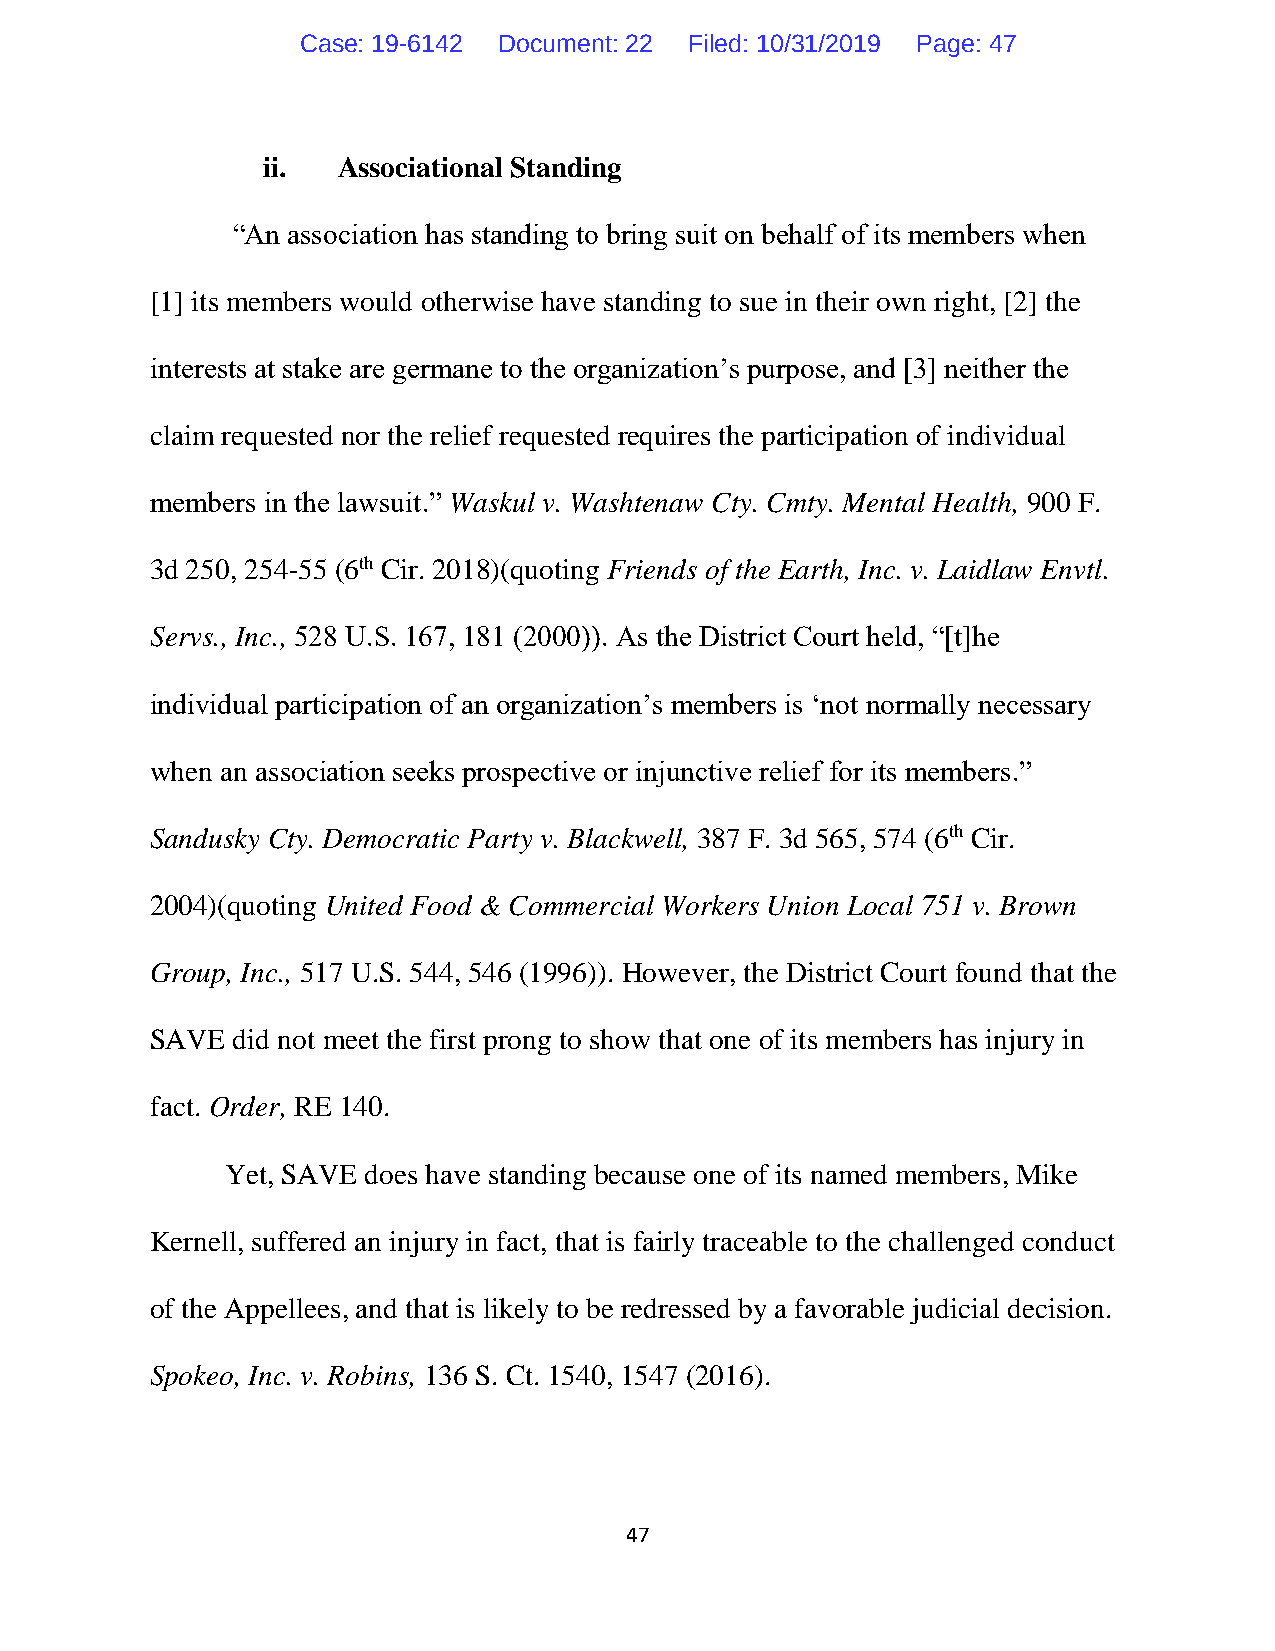
Case: 19-6142 Document: 22 Filed: 10/31/2019 Page: 47
 ii.  Associational Standing
 “An association has standing to bring suit on behalf of its members when
 [1] its members would otherwise have standing to sue in their own right, [2] the
 interests at stake are germane to the organization’s purpose, and [3] neither the
 claim requested nor the relief requested requires the participation of individual
 members in the lawsuit.” Waskul v. Washtenaw Cty. Cmty. Mental Health, 900 F.
 3d 250, 254-55 (6th Cir. 2018)(quoting Friends of the Earth, Inc. v. Laidlaw Envtl.
 Servs., Inc., 528 U.S. 167, 181 (2000)). As the District Court held, “[t]he
 individual participation of an organization’s members is ‘not normally necessary
 when an association seeks prospective or injunctive relief for its members.”
 Sandusky Cty. Democratic Party v. Blackwell, 387 F. 3d 565, 574 (6th Cir.
 2004)(quoting United Food & Commercial Workers Union Local 751 v. Brown
 Group, Inc., 517 U.S. 544, 546 (1996)). However, the District Court found that the
 SAVE did not meet the first prong to show that one of its members has injury in
 fact. Order, RE 140.
 Yet, SAVE does have standing because one of its named members, Mike
 Kernell, suffered an injury in fact, that is fairly traceable to the challenged conduct
 of the Appellees, and that is likely to be redressed by a favorable judicial decision.
 Spokeo, Inc. v. Robins, 136 S. Ct. 1540, 1547 (2016).
 47